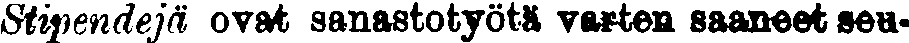
Stipendejä ovat sanastotyötä varten saaneet seu-